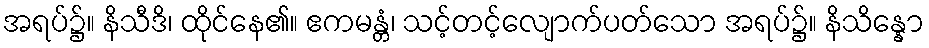
အရပ်၌။ နိသီဒိ၊ ထိုင်နေ၏။ ဧကမန္တံ၊ သင့်တင့်လျောက်ပတ်သော အရပ်၌။ နိသိန္နော